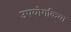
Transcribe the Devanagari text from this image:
उपयोगकिया